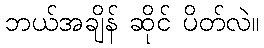
ဘယ်အချိန် ဆိုင် ပိတ်လဲ။